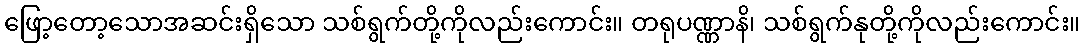
ဖြော့တော့သောအဆင်းရှိသော သစ်ရွက်တို့ကိုလည်းကောင်း။ တရုပဏ္ဏာနိ၊ သစ်ရွက်နုတို့ကိုလည်းကောင်း။